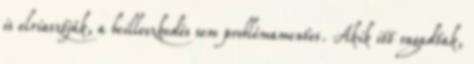
is elriasztják, a beilleszkedés sem problémamentes. Akik itt ragadtak,